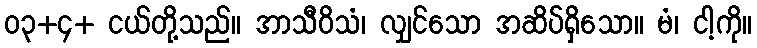
၀၃+၄+ ငယ်တို့သည်။ အာသီဝိသံ၊ လျှင်သော အဆိပ်ရှိသော။ မံ၊ ငါ့ကို။